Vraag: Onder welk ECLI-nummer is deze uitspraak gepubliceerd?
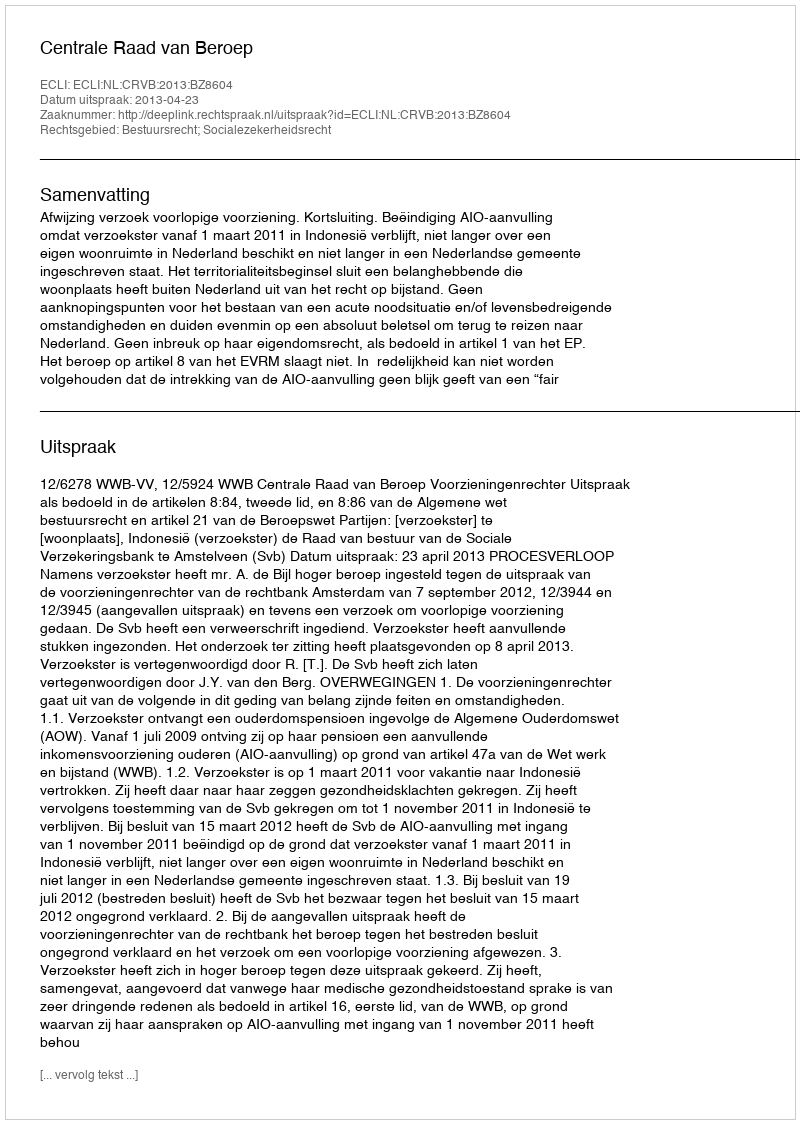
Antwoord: ECLI:NL:CRVB:2013:BZ8604